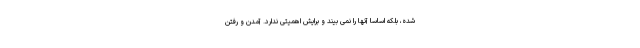
شده، بلکه اساساً آنها را نمی بیند و برایش اهمیتی ندارد. آمدن و رفتن